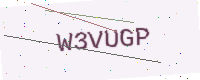
Text: W3VUGP